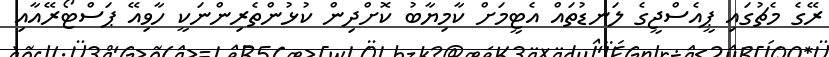
ރޭގެ މެޗުގައި ޕީއެސްޖީގެ ލަނޑުތައް އެޓީމަށް ކާމިޔާބު ކޮށްދިން ކުޅުންތެރިންނަކީ ހާވިއޭ ޕަސްޓޯރޭއާއި